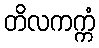
တိလကက္ကံ